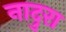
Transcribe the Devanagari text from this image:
नादुरा